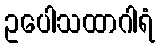
ဥပေါသထာဂါရံ